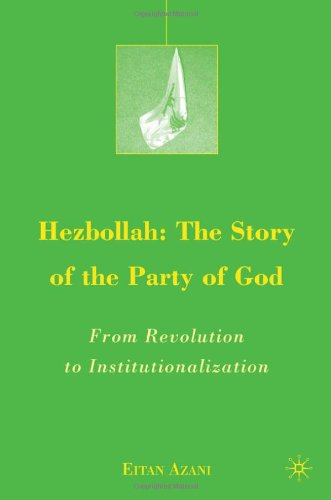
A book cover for Hezbollah: The Story of the Party of God: From Revolution to Institutionalization (The Middle East in Focus); Eitan Azani; Religion & Spirituality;